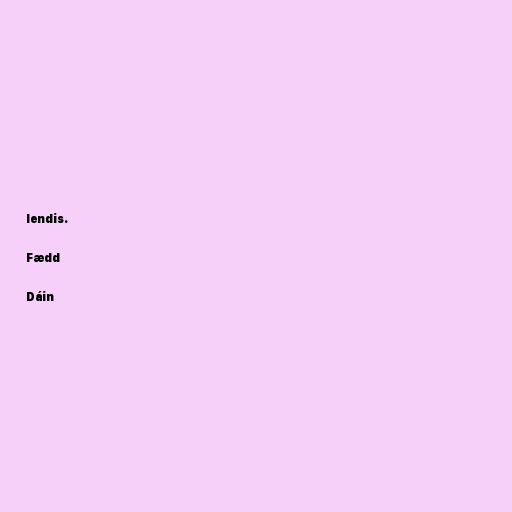
lendis.

Fædd

Dáin